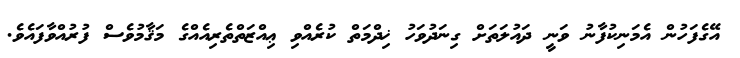
އޭގެފަހުން އެމަނިކުފާނު ވަނީ ދައުލަތަށް ގިނަދުވަހު ޚިދްމަތް ކުރެއްވި ޢިއްޒަތްތެރިއެއްގެ މަޤާމުވެސް ފުރުއްވާފައެވެ.